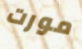
مورت